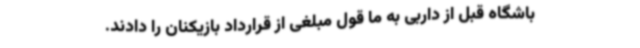
باشگاه قبل از داربی به ما قول مبلغی از قرارداد بازیکنان را دادند.